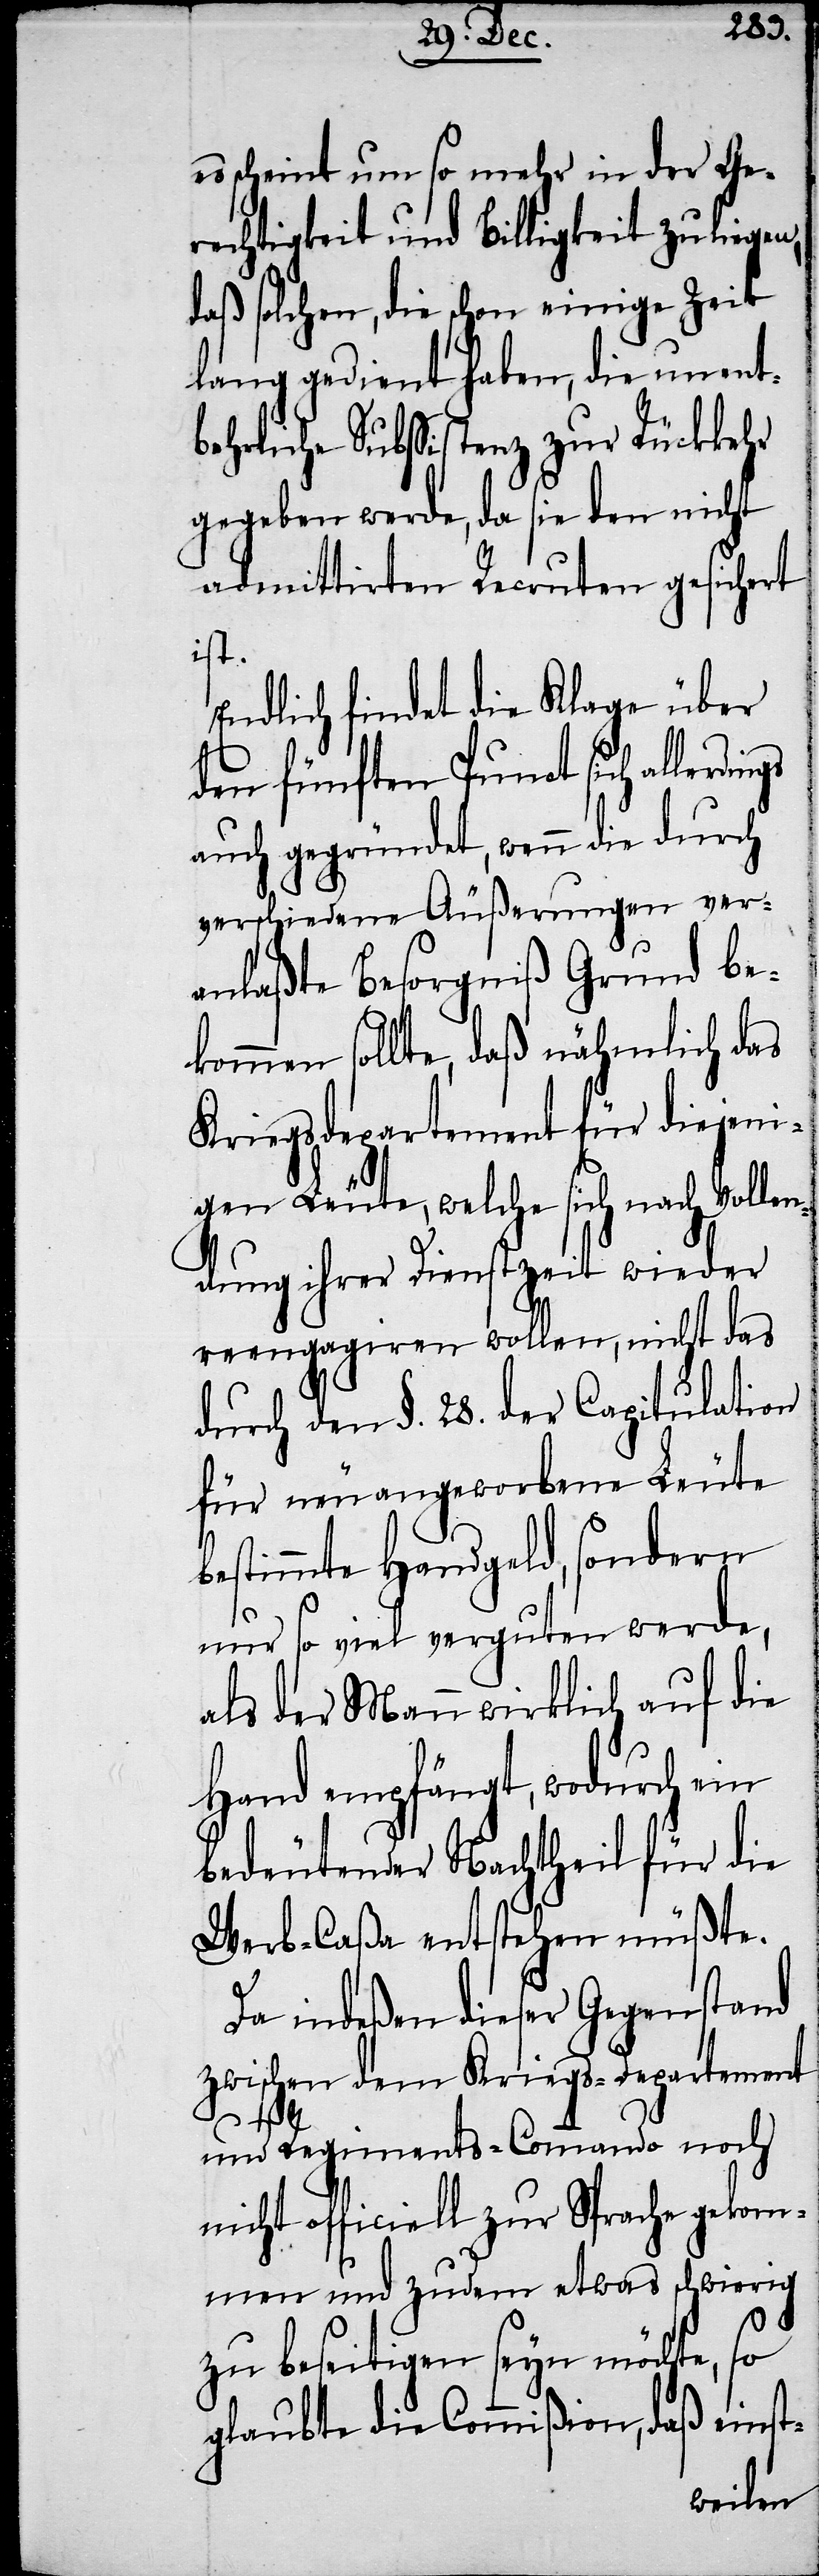
es scheint um so mehr in der Ge¬
rechtigkeit und Billigkeit zu lie¬
daß solchen, die schon einige Zeit
lang gedient haben, die unent¬
behrliche Subsistenz zur Rückkehr
gegeben werde, da sie den nicht
admittirten Recruten gesichert
ist.
Endlich findet die Klage über
den fünften Punct sich aller¬
auch gegründet, wenn die durch
verschiedene Äußerungen ver¬
anlaßte Besorgniß Grund be¬
kommen sollte, daß nähmlich das
Kriegsdepartement für diejeni¬
gen Leute, welche sich nach Vollen¬
dung ihrer Dienstzeit wieder
reengagiren wollen, nicht das
durch den §. 28. der Capitulation
für neu angeworbene Leute
bestimmte Handgeld, sondern
nur so viel verguten werde,
als der Mann wirklich auf die
Hand empfängt, wodurch ein
bedeutender Nachtheil für die
Werb-Caßa entstehen müßte.
Da indeßen dieser Gegenstand
zwischen dem Kriegs-Departement
dings
und Regiments-Commando noch
nicht officiell zur Sprache gekom¬
men und zudem etwas schwierig
zu beseitigen seyn möchte, so
glaubte die Commißion, daß einst-
gen,